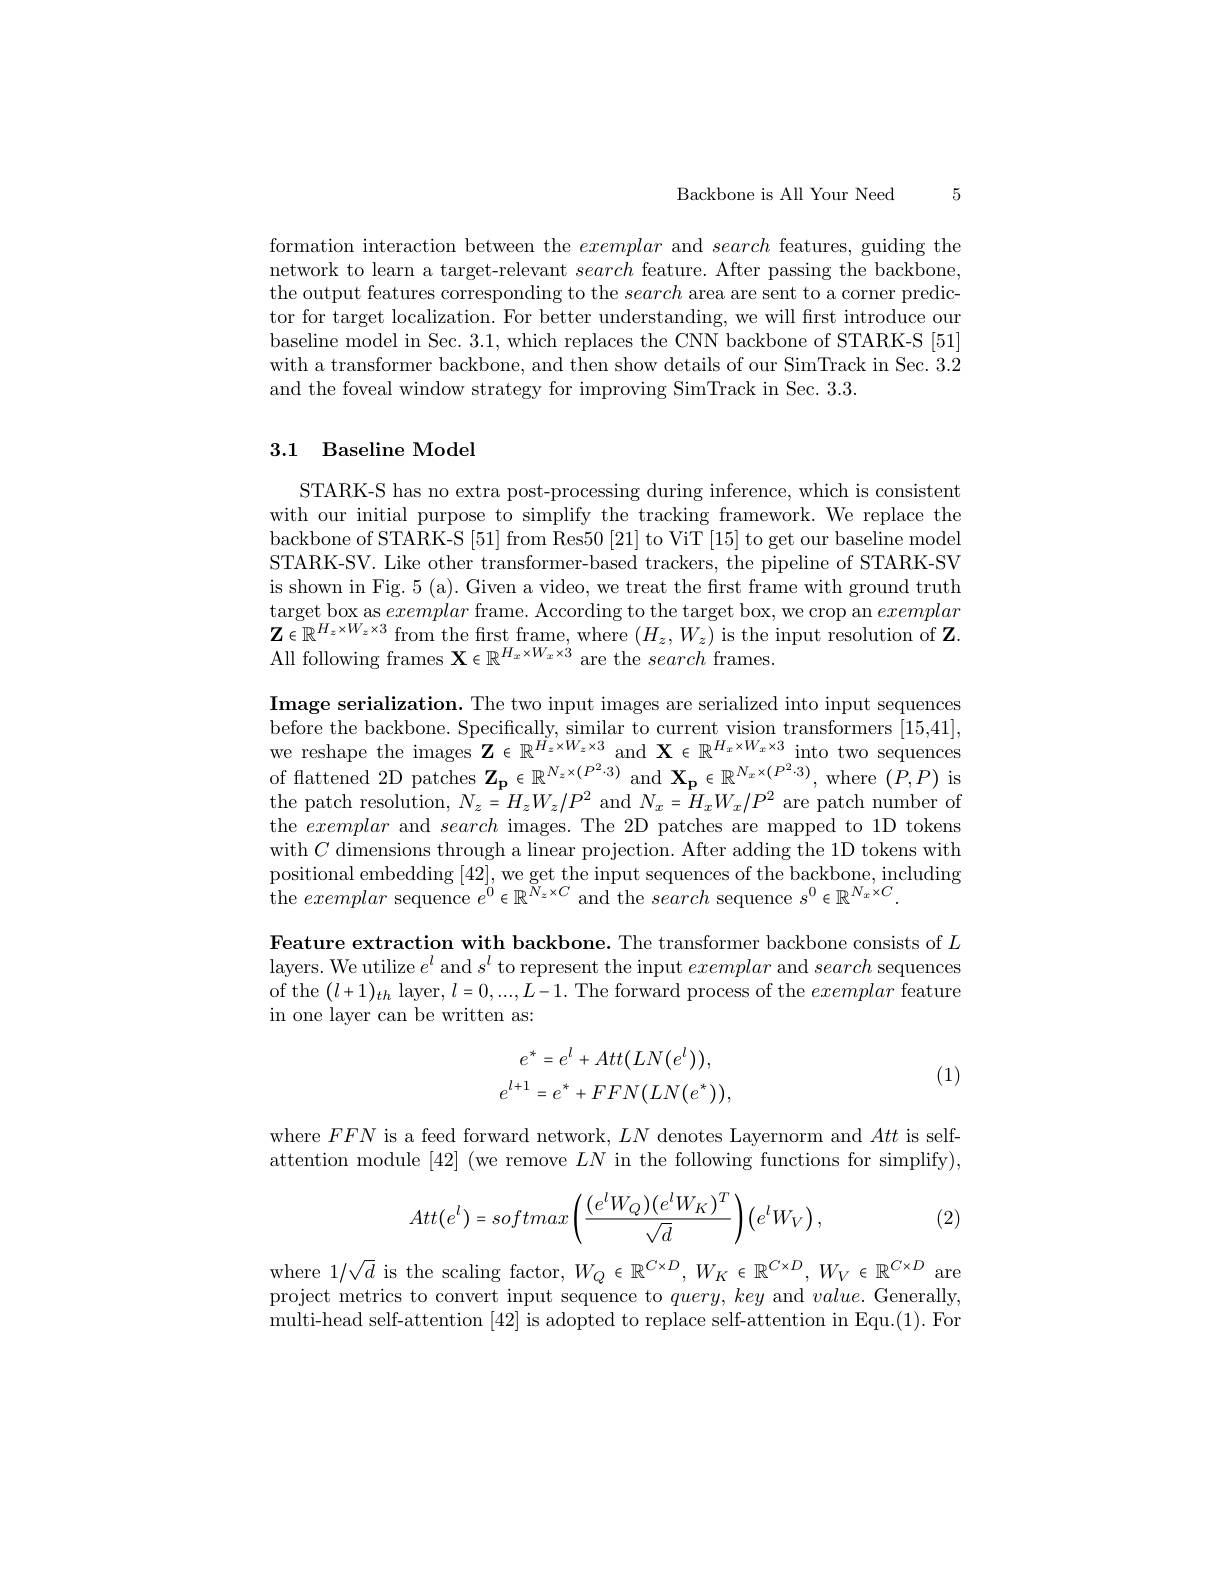
5

Backbone is All Your Need

formation interaction between the exemplar and search features, guiding the network to learn a target-relevant search feature. After passing the backbone, the output features corresponding to the search area are sent to a corner predictor for target localization. For better understanding, we will frst introduce our baseline model in Sec. 3.1, which replaces the CNN backbone of STARK-S [51] with a transformer backbone, and then show details of our SimTrack in Sec. 3.2 and the foveal window strategy for improving SimTrack in Sec. 3.3.

## 3.1 Baseline Model

STARK-S has no extra post-processing during inference, which is consistent with our initial purpose to simplify the tracking framework. We replace the backbone of STARK-S [51] from Res50 [21] to ViT [15] to get our baseline model STARK-SV. Like other transformer-based trackers, the pipeline of STARK-SV is shown in Fig. 5 (a). Given a video, we treat the first frame with ground truth target box as exemplar frame. According to the target box, we crop an exemplar $\mathbf{Z}\in\mathbb{R}^{H_{z}\times W_{z}\times3}$ from the first frame, where $(H_z,W_{z})$ is the input resolution of $\mathbf{Z}.$ All following frames $\mathbf{X}\in\mathbb{R}^{H_x\times W_x\times3}$ are the search frames.

Image serialization. The two input images are serialized into input sequences before the backbone. Specifically, similar to current vision transformers [15,41], we reshape the images $\mathbf{Z}\in\mathbb{R}^{H_{z}\times W_{z}\times3}$and $\mathbf{X}\in\mathbb{R}^{H_{x}\times W_{x}\times3}$into two sequences of flattened 2D patches $\mathbf{Z}_{\mathbf{p}}\in\mathbb{R}^{N_{z}\times(P^{2}\cdot3)}$ and $\mathbf{X}_{\mathbf{p}}\in\mathbb{R}^{N_{x}\times(P^{2}\cdot3)}$, where $(P,P)$ is the patch resolution, $N_z=H_zW_z/P^2$ and $N_x=H_xW_x/P^2$ are patch number of the exemplar and search images. The 2D patches are mapped to 1D tokens with $C$ dimensions through a linear projection. After adding the 1D tokens with positional embedding [42],we get the input sequences of the backbone, including the exemplar sequence $e^0\in\mathbb{R}^{N_z\times C}$ and the search sequence $s^0\in\mathbb{R}^{N_x\times C}.$

Feature extraction with backbone. The transformer backbone consists of $L$ layers. We utilize $e^l$ and $s^l$ to represent the input exemplar and search sequences of the $(l+1)_th$ layer, $l=0,...,L-1.$ The forward process of the exemplar feature in one layer can be written as:
$$\begin{aligned}e^\star&=e^l+Att(LN(e^l)),\\e^{l+1}&=e^\star+FFN(LN(e^\star)),\end{aligned}$$
(1)

where $FFN$ is a feed forward network, $LN$ denotes Layernorm and Att is selfattention module [42] (we remove $LN$ in the following functions for simplify),
$$Att(e^l)=softmax\left(\frac{(e^lW_Q)(e^lW_K)^T}{\sqrt{d}}\right)\bigl(e^lW_V\bigr),$$
(2)

where $1/\sqrt d$ is the scaling factor, $W_Q\in\mathbb{R}^{C\times D},W_K\in\mathbb{R}^{C\times D},W_V\in\mathbb{R}^{C\times D}$ are project metrics to convert input sequence to $query,key$ and $value.$ Generally, multi-head self-attention [42] is adopted to replace self-attention in Equ.(1). Fon